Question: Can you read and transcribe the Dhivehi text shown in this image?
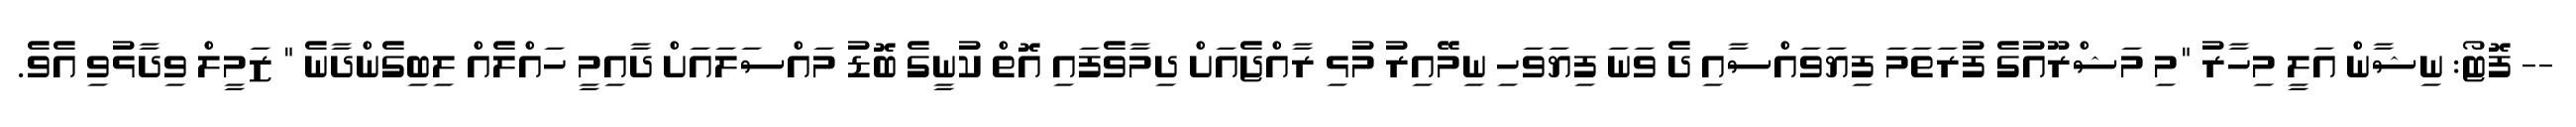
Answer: -- ފޮޓޯ: ނިޝާން އަލީ މިހާރު "މި މަޝްރޫއުގެ ފުރަތަމަ ފިޔަވައްސާއި ދެ ވަނަ ފިޔަވަހި ނިމޭއިރު މުޅި ރާއްޖެއަށް ދިމާވެފައި އޮތް ކުނީގެ ބޮޑު މައްސަލައަށް ދާއިމީ ހައްލެއް ލިބިގެންދާނެ " ޒަމީލް ވިދާޅުވި އެވެ.